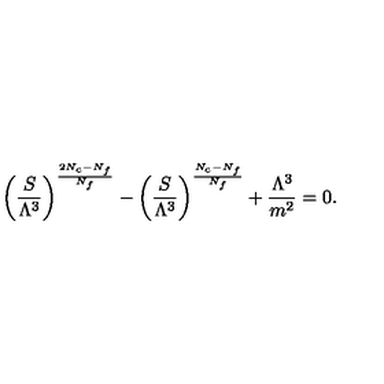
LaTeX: \biggl ( \frac { S } { \Lambda ^ { 3 } } \biggr ) ^ { \frac { 2 N _ { c } - N _ { f } } { N _ { f } } } - \biggl ( \frac { S } { \Lambda ^ { 3 } } \biggr ) ^ { \frac { N _ { c } - N _ { f } } { N _ { f } } } + \frac { \Lambda ^ { 3 } } { m ^ { 2 } } = 0 .